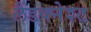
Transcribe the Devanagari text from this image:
लैंडक्नेश्ट